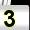
Digit: 3